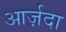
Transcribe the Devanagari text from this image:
आर्ज़दा